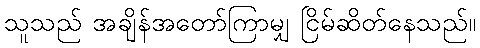
သူသည် အချိန်အတော်ကြာမျှ ငြိမ်ဆိတ်နေသည်။